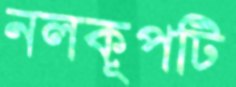
নলকূপটি